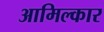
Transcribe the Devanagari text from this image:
आमिल्कार